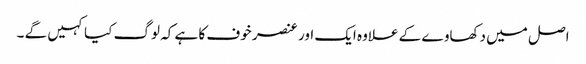
اصل میں دکھاوے کے علاوہ ایک اور عنصر خوف کا ہے کہ لوگ کیا کہیں گے ۔